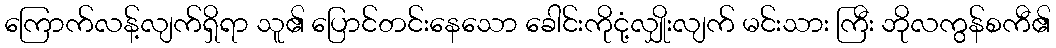
ကြောက်လန့်လျက်ရှိရာ သူ၏ ပြောင်တင်းနေသော ခေါင်းကိုငုံ့လျှိုးလျက် မင်းသား ကြီး ဘိုလကွန်စကီ၏